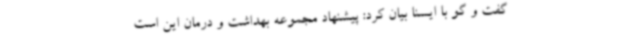
گفت و گو با ایسنا بیان کرد: پیشنهاد مجموعه بهداشت و درمان این است